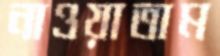
নাওয়াতাম